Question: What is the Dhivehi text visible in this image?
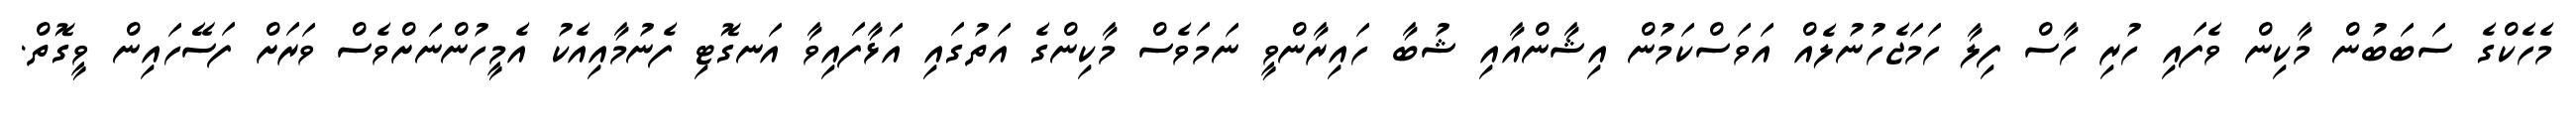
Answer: މެހެކްގެ ސަބަބުން މާކިން ވެފައި ހުރި ހާސް ފިލާ ހަމަޖެހުނުލެއް އަވަސްކަމުން އިޝާންއާއި ޝުބާ ހައިރާންވީ ނަމަވެސް މާކިންގެ އަތުގައި އަޅާފައިވާ އަނގޮޓި ފެނުމާއިއެކު އެމީހުންނަށްވެސް ވަރަށް ފަސޭހައިން ވީގޮތް.